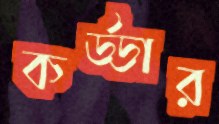
কর্ড্ডার